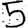
Digit: 5